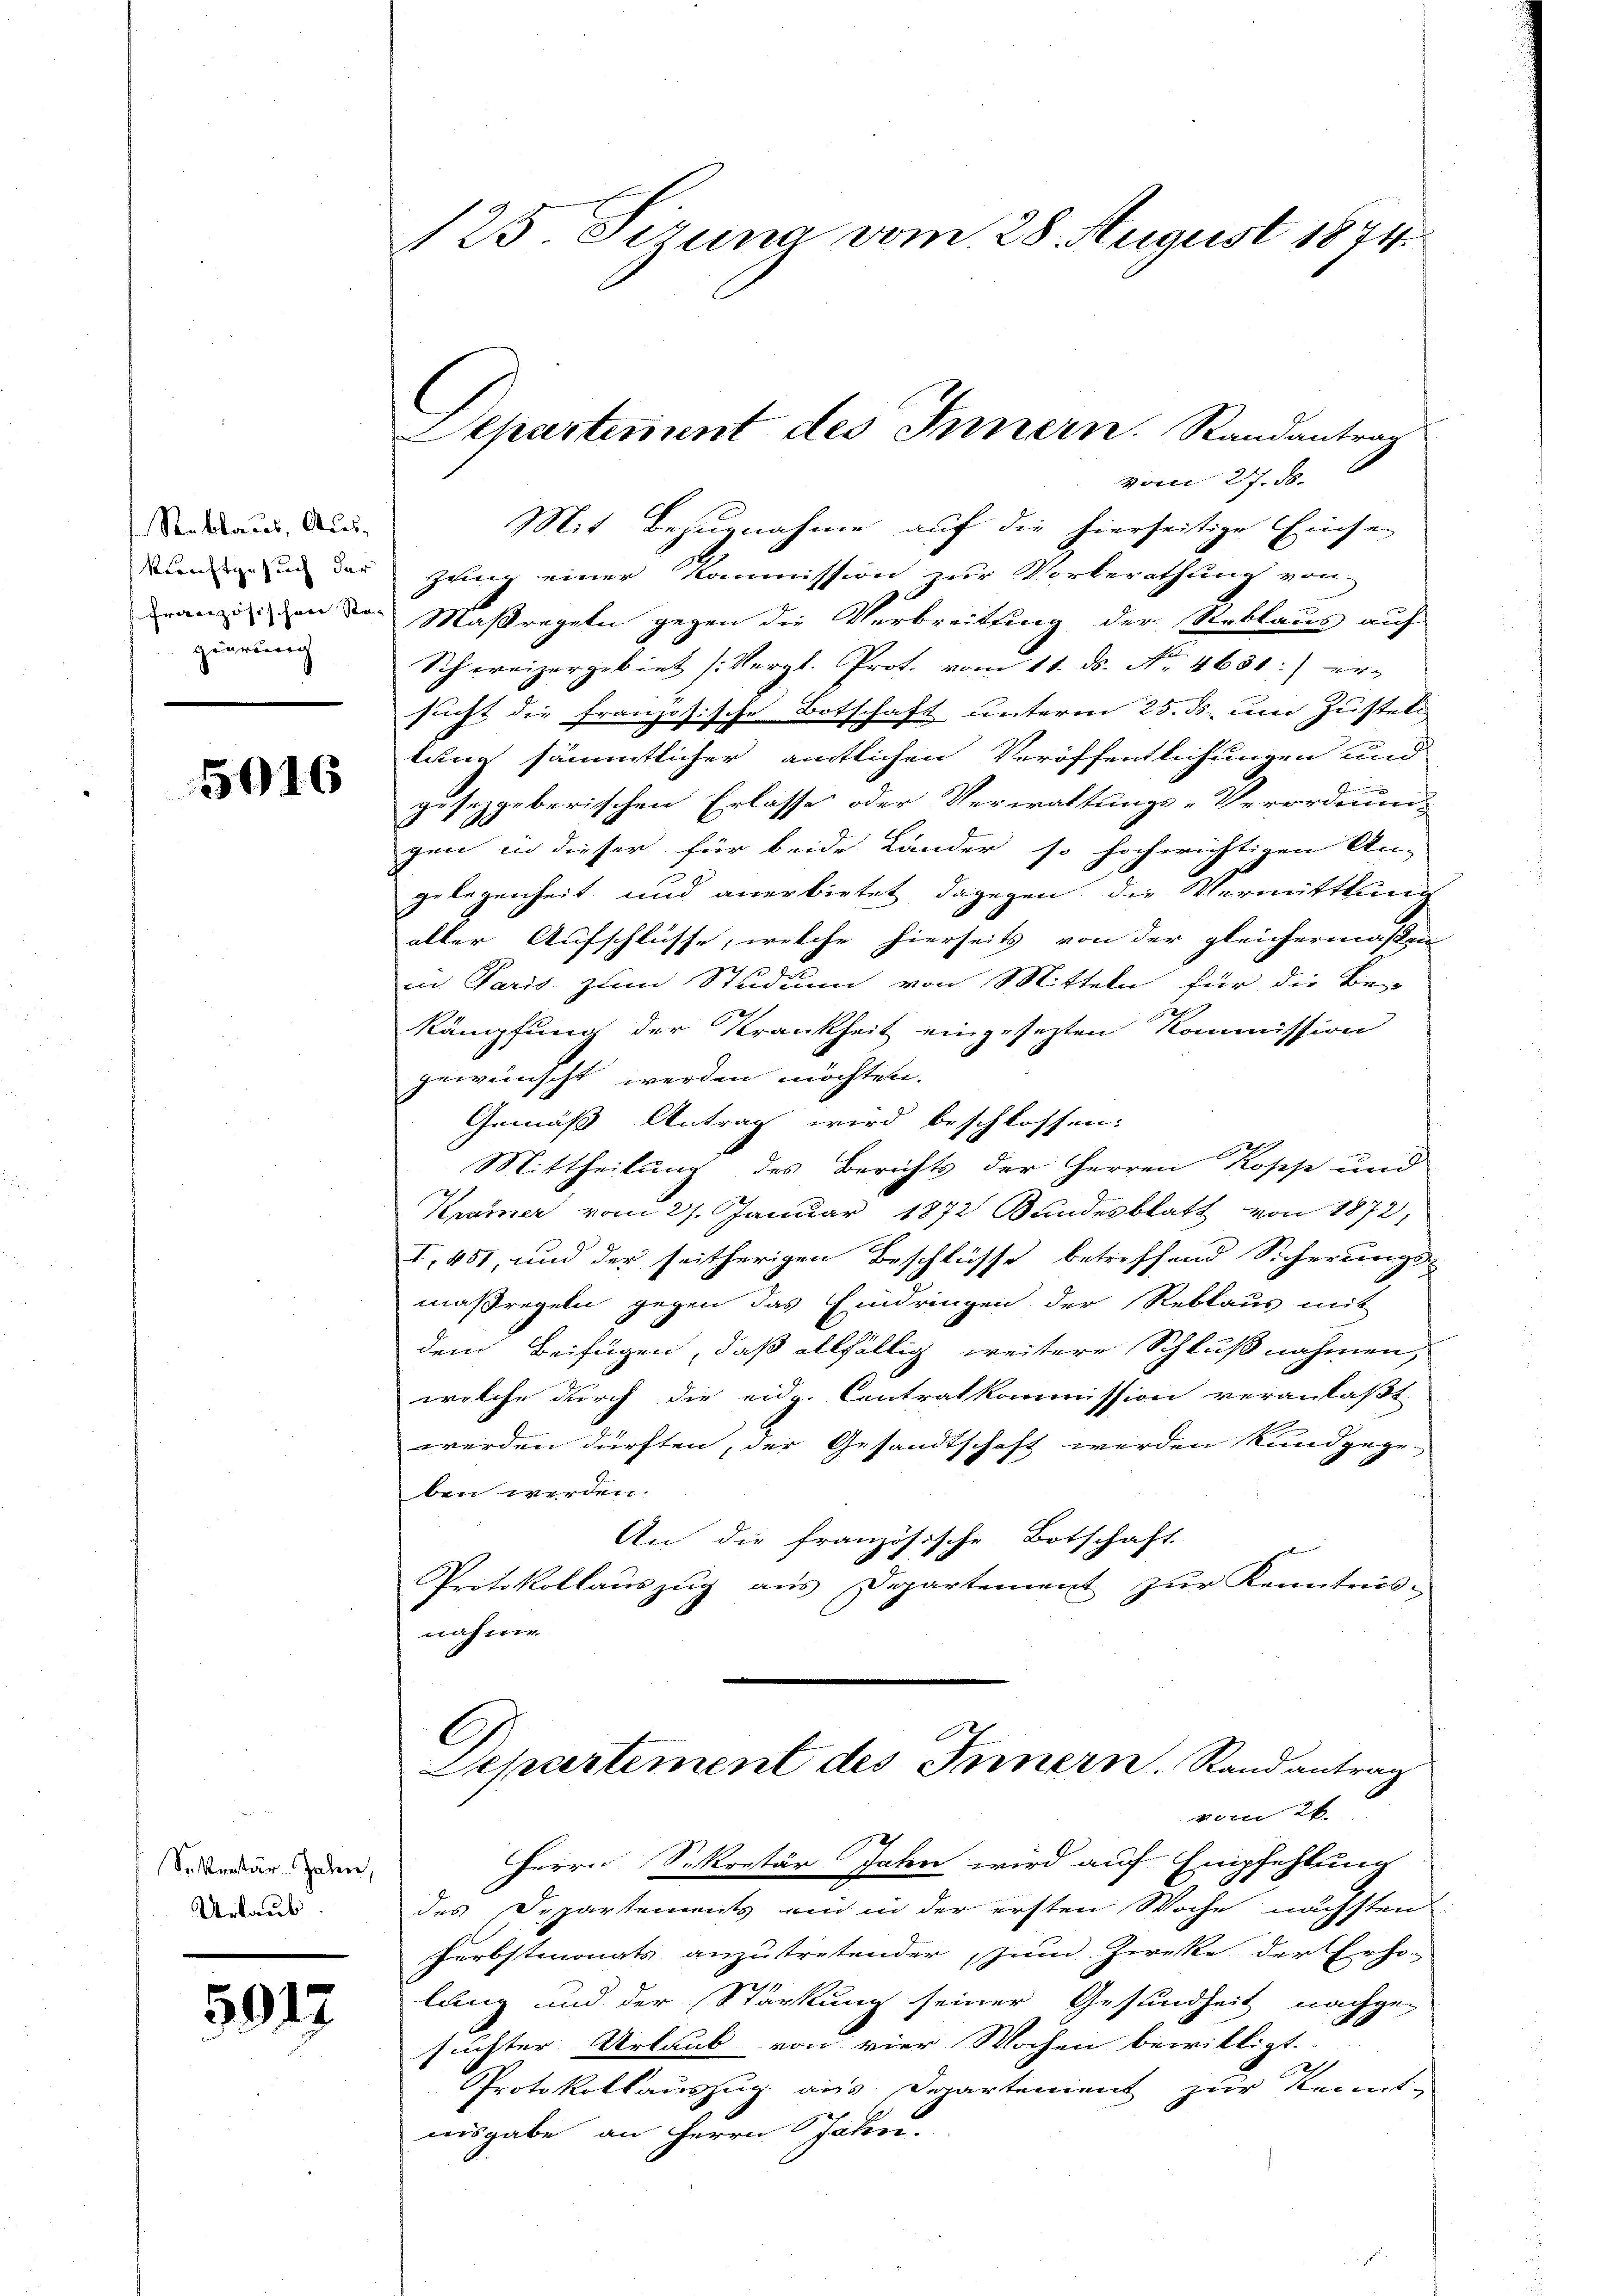
Raklaus, Ausgierung

5016

Sekretär Zahn,
Urlaub.

5917

125. Sizung vom 28. August 1874.

vom 27. ds.
Mit Bezugnahme auf die hierseitige Einse-
kunden in der ganz einer Kommission zur Vorberathung von
ranz an der Maßregeln gegen die Verbreitung der Reblaus auf
Schweizergebiet (Vergl. Prof. vom 11. ds. No. 4631:) er-
sucht die französische Botschaft unterm 25. ds. um Zusteln
lung sämmtlicher amtlichen Veröffentlichungen und
gesezgeberischen Erlasse oder Verwaltungs-Verordnung
gen in dieser für beide Länder so hochwichtigen An-
gelegenheit und anerbietet dagegen die Vermittlung
aller Aufschlüsse, welche hierseits von der gleichermaßen
in Paris zum Studium von Mitteln für die Be-
kämpfung der Krankheit eingesetzten Kommission
gewünscht werden möchten.
Gemäß Antrag wird beschlossen:
Mittheilung des Berichts der Herren Kosse und
Kramer vom 27. Januar 1872 Bundesblatt von 1872,
I, 451, und der seitherigen Beschlüsse betreffend Sicherungs-
maßregeln gegen das Eindringen der Reblaus mit
dem Beifügen, daß allfällig weitere Schlußnahmen,
welche durch die eidg. Centralkommission veranlaßt
werden dürften, der Gesandtschaft werden kundgege
ben werden.
An die französische Botschaft

Protokollauszug aus Departement zur Kenntnis-
nahme.

Departerinnt des Innern. Randantrag

C
Departement des Innern. Randantrag
vom 26.

Herrn Sekretär Jahn wird auf Empfehlung
des Departements ein in der ersten Woche nächsten
Ferbstmonats anzutretender zum Zwecke der Erho-
lang und der Stärkung seiner Gesundheit nachge-
suchter Urlaub von vier Wochen bewilligt.
Protokollauszug aus Departement zur Kennt-
iisgabe an Herrn Pfalen.